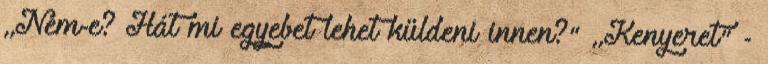
,,Nem-e? Hát mi egyebet lehet küldeni innen?" ,,Kenyeret" -